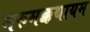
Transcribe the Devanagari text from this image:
मरुमक्कथायम